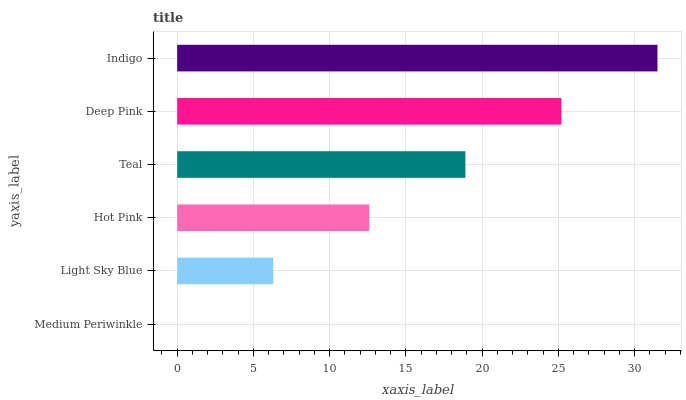
| yaxis_label | bars |
 | --- | --- |
 | Medium Periwinkle | 0 |
 | Light Sky Blue | 6.3 |
 | Hot Pink | 12.6 |
 | Teal | 18.9 |
 | Deep Pink | 25.2 |
 | Indigo | 31.5 |